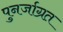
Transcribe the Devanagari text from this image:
पुनर्जाग्रत